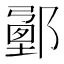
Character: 𨞉